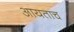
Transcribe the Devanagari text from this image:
आयताच